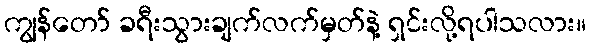
ကျွန်တော် ခရီးသွားချက်လက်မှတ်နဲ့ ရှင်းလို့ရပါသလား။